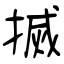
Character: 搣